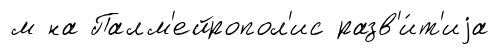
м на Палм'ейропол'ис разв'и́т'иjа